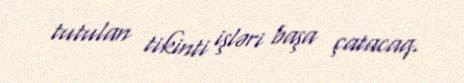
tutulan tikinti işləri başa çatacaq.